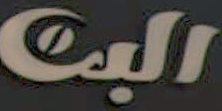
البت